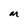
Character: M